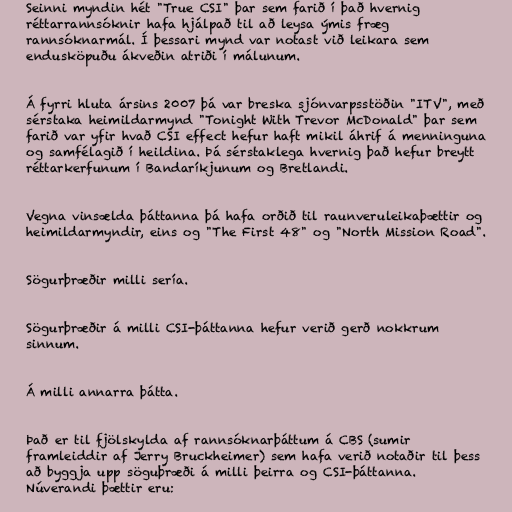
Seinni myndin hét "True CSI" þar sem farið í það hvernig
réttarrannsóknir hafa hjálpað til að leysa ýmis fræg
rannsóknarmál. Í þessari mynd var notast við leikara sem
endusköpuðu ákveðin atriði í málunum.

Á fyrri hluta ársins 2007 þá var breska sjónvarpsstöðin "ITV", með
sérstaka heimildarmynd "Tonight With Trevor McDonald" þar sem
farið var yfir hvað CSI effect hefur haft mikil áhrif á menninguna
og samfélagið í heildina. Þá sérstaklega hvernig það hefur breytt
réttarkerfunum í Bandaríkjunum og Bretlandi.

Vegna vinsælda þáttanna þá hafa orðið til raunveruleikaþættir og
heimildarmyndir, eins og "The First 48" og "North Mission Road".

Sögurþræðir milli sería.

Sögurþræðir á milli CSI-þáttanna hefur verið gerð nokkrum
sinnum.

Á milli annarra þátta.

Það er til fjölskylda af rannsóknarþáttum á CBS (sumir
framleiddir af Jerry Bruckheimer) sem hafa verið notaðir til þess
að byggja upp söguþræði á milli þeirra og CSI-þáttanna.
Núverandi þættir eru: